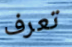
تعرف